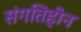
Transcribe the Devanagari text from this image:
संगतिहीन